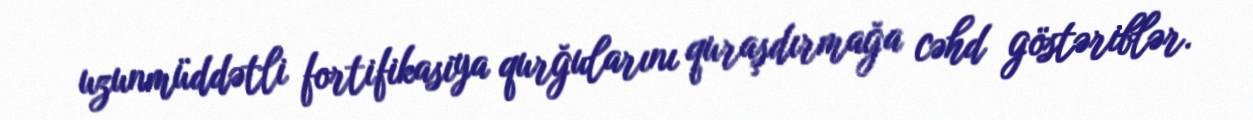
uzunmüddətli fortifikasiya qurğularını quraşdırmağa cəhd göstəriblər.